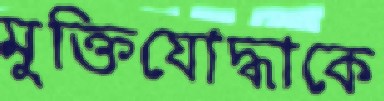
মুক্তিযোদ্ধাকে